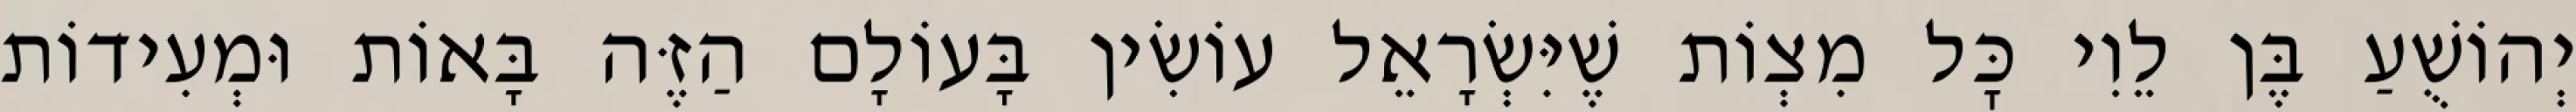
יְהוֹשֻׁעַ בֶּן לֵוִי כׇּל מִצְוֹת שֶׁיִּשְׂרָאֵל עוֹשִׂין בָּעוֹלָם הַזֶּה בָּאוֹת וּמְעִידוֹת